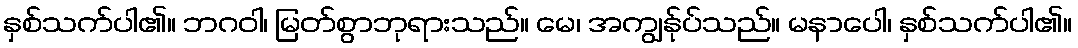
နှစ်သက်ပါ၏။ ဘဂဝါ၊ မြတ်စွာဘုရားသည်။ မေ၊ အကျွန်ုပ်သည်။ မနာပေါ၊ နှစ်သက်ပါ၏။